Note on the mental hospitals in Burma - 1925-1940
Year: 1925
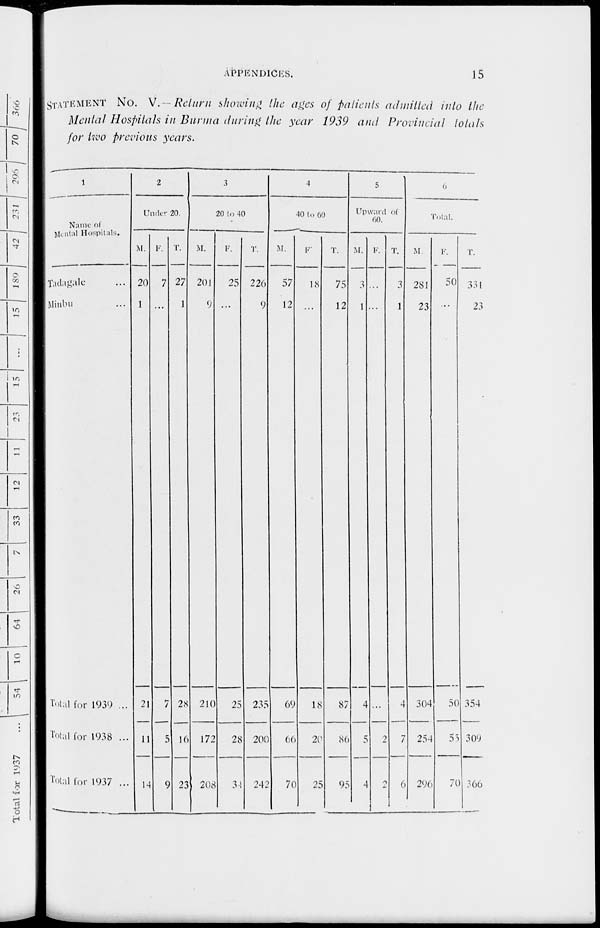
APPENDICES.
15
STATEMENT No. V. Return showing the ages of patients admitted into the
Mental Hospitals in Burma during the year 1939 and Provincial totals
for two previous years.
1
Name of
Mental Hospitals.
Tadagale ...
Minbu ...
Total for 1939 ...
Total for 1938 ...
Total for 1937 ...
2
Under 20.
M.
20
1
21
11
14
F.
7
...
7
5
9
T.
27
1
28
16
23
3
20 to 40
M.
201
9
210
172
208
F.
25
...
25
28
34
T.
226
9
235
200
242
4
40 to 60
M.
57
12
69
66
70
F.
18
...
18
20
25
T.
75
12
87
86
95
5
Upward of
60.
M.
3
1
4
5
4
F.
...
...
...
2
2
T.
3
1
4
7
6
6
Total.
M.
281
23
304
254
290
F.
50
...
50
55
70
T.
331
23
354
309
366